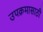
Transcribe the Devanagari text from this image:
उपक्रमासाठी